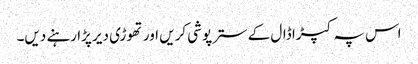
اس پہ کپڑا ڈال کے سترپوشی کریں اور تھوڑی دیر پڑا رہنے دیں۔